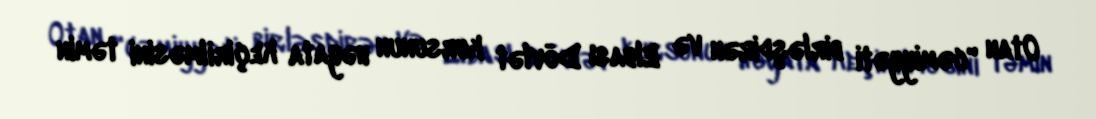
Otan "cəmiyyəti birləşdirən və Elbası Dövlət kursunun həyata keçirilməsini təmin